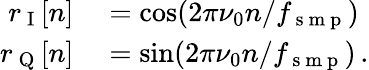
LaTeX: \begin{array}{rl}{r_{\mathrm{~I~}}[n]}&{{}=\cos(2\pi\nu_{0}n/f_{\mathrm{~s~m~p~}})}\\ {r_{\mathrm{~Q~}}[n]}&{{}=\sin(2\pi\nu_{0}n/f_{\mathrm{~s~m~p~}})\, .}\end{array}